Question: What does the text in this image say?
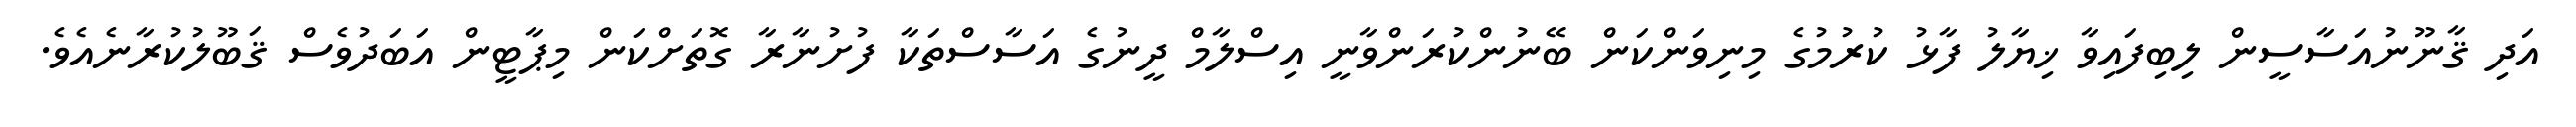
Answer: އަދި ޤާނޫނުއަސާސީން ލިބިފައިވާ ޚިޔާލު ފާޅު ކުރުމުގެ މިނިވަންކަން ބޭނުންކުރަންވާނީ އިސްލާމް ދީނުގެ އަސާސްތަކާ ފުށުނާރާ ގޮތަށްކަން މިޕާޓީން އަބަދުވެސް ޤަބޫލުކުރާނެއެވެ.